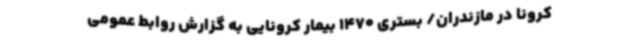
کرونا در مازندران/ بستری 1470 بیمار کرونایی به گزارش روابط عمومی